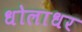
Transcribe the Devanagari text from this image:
धोलाधर